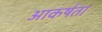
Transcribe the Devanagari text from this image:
आकर्षता